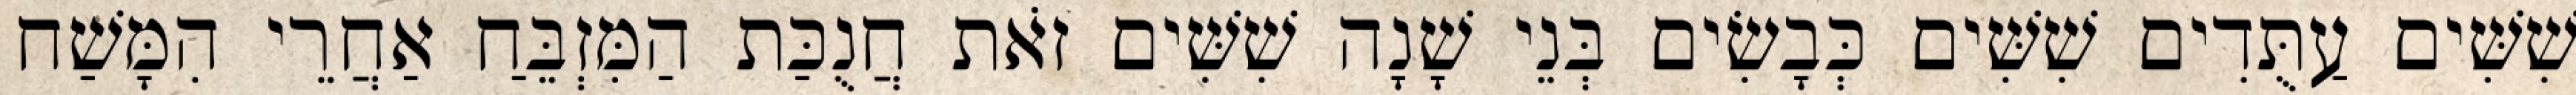
שִׁשִּׁים עַתֻּדִים שִׁשִּׁים כְּבָשִׂים בְּנֵי שָׁנָה שִׁשִּׁים זֹאת חֲנֻכַּת הַמִּזְבֵּחַ אַחֲרֵי הִמָּשַׁח